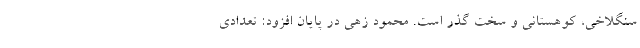
سنگلاخی، کوهستانی و سخت گذر است. محمود زهی در پایان افزود: تعدادی